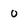
Character: 0